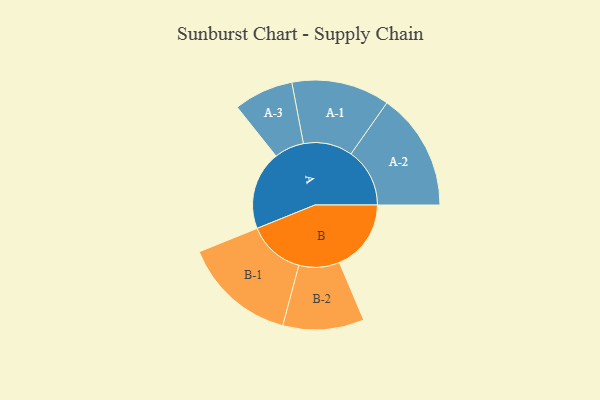
{"axis": {"x": "Segment", "y": "Value"}, "legend": ["", "A", "B"], "data": [{"x": "A", "y": 399, "type": ""}, {"x": "B", "y": 364, "type": ""}, {"x": "A-1", "y": 249, "type": "A"}, {"x": "A-2", "y": 298, "type": "A"}, {"x": "A-3", "y": 151, "type": "A"}, {"x": "B-1", "y": 288, "type": "B"}, {"x": "B-2", "y": 206, "type": "B"}]}